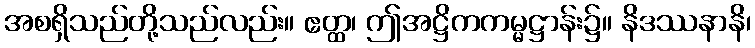
အစရှိသည်တို့သည်လည်း။ ဧတ္ထ၊ ဤအဋ္ဌိကကမ္မဋ္ဌာန်း၌။ နိဒဿနာနိ၊